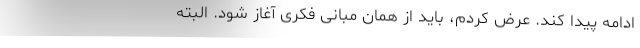
ادامه پیدا کند. عرض کردم، باید از همان مبانی فکری آغاز شود. البته